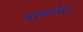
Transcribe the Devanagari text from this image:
बरबरोसा